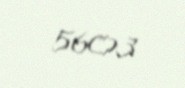
5603